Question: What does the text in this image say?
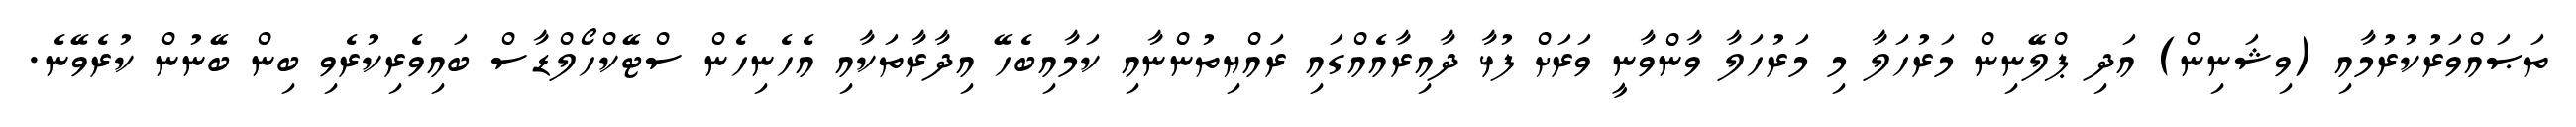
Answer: ތަޞައްވަރުކުރުމާއި (ވިޝަނިން) އަދި ޕްލޭނިން މަރުހަލާ މި މަރުހަލާ ވާންވާނީ ވަރަށް ފުޅާ ދާއިރާއެއްގައި ރައްޔިތުންނާއި ކަމާއިބެހޭ އިދާރާތަކާއި އެހެނިހެން ސްޓޭކްހޯލްޑާސް ބައިވެރިކުރެވި ބިން ބޭނުން ކުރެވޭނެ.